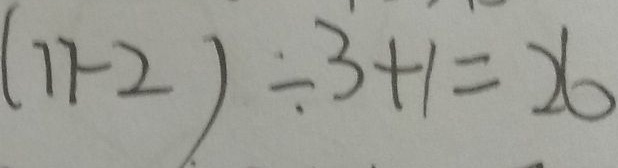
( 1 1 - 2 ) \div 3 + 1 = 2 6